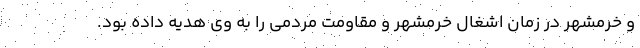
و خرمشهر در زمان اشغال خرمشهر و مقاومت مردمی را به وی هدیه داده بود.